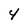
Character: 4